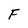
Character: F